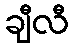
ချီလီ